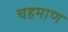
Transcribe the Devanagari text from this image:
चहमाण